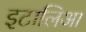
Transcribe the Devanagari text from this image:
इटालिआ